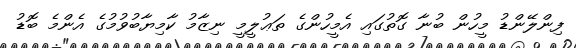
ފިންލޭންޑު މީހުން ބުނާ ގޮތުގައި އެމީހުންގެ ތަޢުލީމީ ނިޒާމު ކާމިޔާބުވުމުގެ އެންމެ ބޮޑު